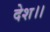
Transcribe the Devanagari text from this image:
देश।।